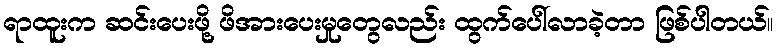
ရာထူးက ဆင်းပေးဖို့ ဖိအားပေးမှုတွေလည်း ထွက်ပေါ်လာခဲ့တာ ဖြစ်ပါတယ်။